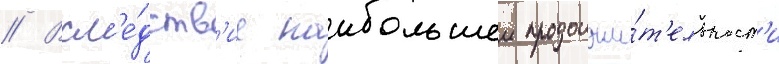
// Всл'е́дств'ие наибольшеи продолжи́т'ельност'и